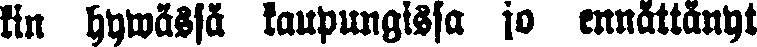
kin hyvässä kaupungissa jo ennättänyt